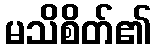
မသိစိတ်၏